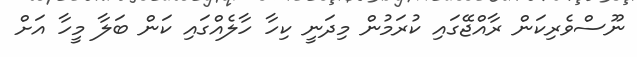
ނޫސްވެރިކަން ރާއްޖޭގައި ކުރަމުން މިދަނީ ކިހާ ހާލެއްގައި ކަން ބަލާ މީހާ އަށް